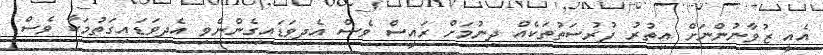
އެއީ ޒުވާނުންނަށް އިތުރު ފުރުސަތުތަކެއް ދިނުމަށް ރައީސް ވެސް އެދިވަޑައިގެންނެވި އެދިވަޑައިގަތުމަކާ ވެސް